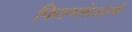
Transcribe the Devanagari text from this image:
फिल्मफेअरचे